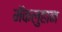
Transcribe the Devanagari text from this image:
मॅकलुहान